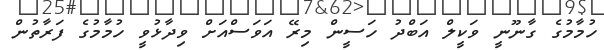
ހުމާމުގެ ގާނޫނީ ވަކީލް އަބްދު ހަސީން މިރޭ އަވަސްއަށް ވިދާޅުވީ ހުމާމުގެ ފަރާތުން